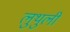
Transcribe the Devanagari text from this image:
लुथुली